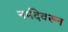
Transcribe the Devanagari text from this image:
नर्मदेवरून